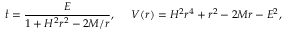
\dot { t } = \frac { E } { 1 + H ^ { 2 } r ^ { 2 } - 2 M / r } , \; \; \; \; \; V ( r ) = H ^ { 2 } r ^ { 4 } + r ^ { 2 } - 2 M r - E ^ { 2 } ,